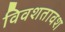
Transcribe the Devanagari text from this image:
विवशतावश